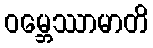
ဝမ္ဘေဿာမာတိ